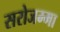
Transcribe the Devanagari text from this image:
सरोजम्मा